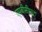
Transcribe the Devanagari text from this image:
एमबीसीएल